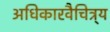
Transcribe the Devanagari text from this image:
अधिकारवैचित्र्य